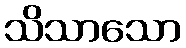
သိသာသော